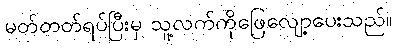
မတ်တတ်ရပ်ပြီးမှ သူ့လက်ကိုဖြေလျော့ပေးသည်။